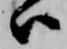
ハ